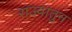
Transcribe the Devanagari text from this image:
राज्यातुन